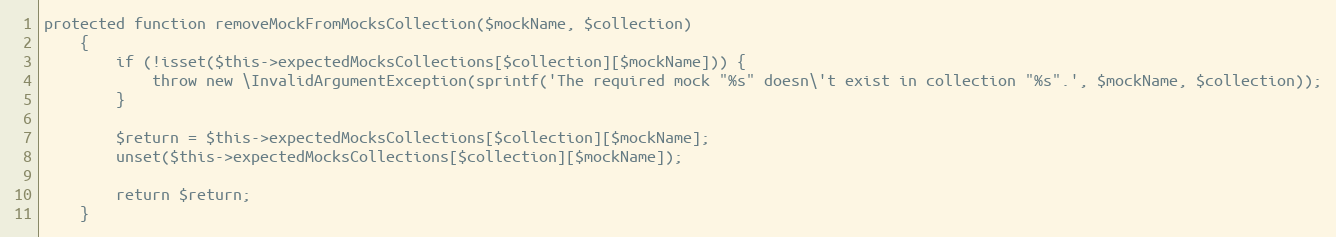
Language: PHP
protected function removeMockFromMocksCollection($mockName, $collection)
    {
        if (!isset($this->expectedMocksCollections[$collection][$mockName])) {
            throw new \InvalidArgumentException(sprintf('The required mock "%s" doesn\'t exist in collection "%s".', $mockName, $collection));
        }

        $return = $this->expectedMocksCollections[$collection][$mockName];
        unset($this->expectedMocksCollections[$collection][$mockName]);

        return $return;
    }